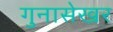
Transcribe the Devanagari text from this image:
गुनासेखर